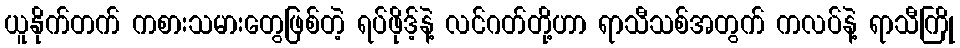
ယူနိုက်တက် ကစားသမားတွေဖြစ်တဲ့ ရပ်ဖိုဒ့်နဲ့ လင်ဂတ်တို့ဟာ ရာသီသစ်အတွက် ကလပ်နဲ့ ရာသီကြို